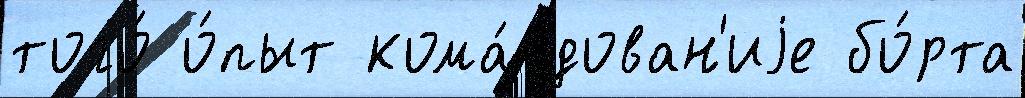
того́ о́пыт кома́ндован'иjе бо́рта